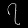
Digit: ၇